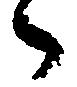
々